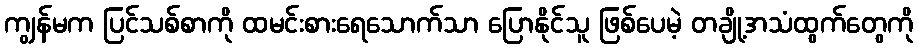
ကျွန်မက ပြင်သစ်စာကို ထမင်းစားရေသောက်သာ ပြောနိုင်သူ ဖြစ်ပေမဲ့ တချို့အသံထွက်တွေကို